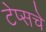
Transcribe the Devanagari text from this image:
टेप्सचे